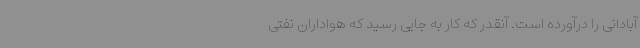
آبادانی را درآورده است. آنقدر که کار به جایی رسید که هواداران نفتی